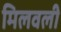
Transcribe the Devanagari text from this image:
मिलवली